Report of the Municipal Commissioner on the plague in Bombay for the year ending 31st May... - Volume 1
Disease focus: Plague
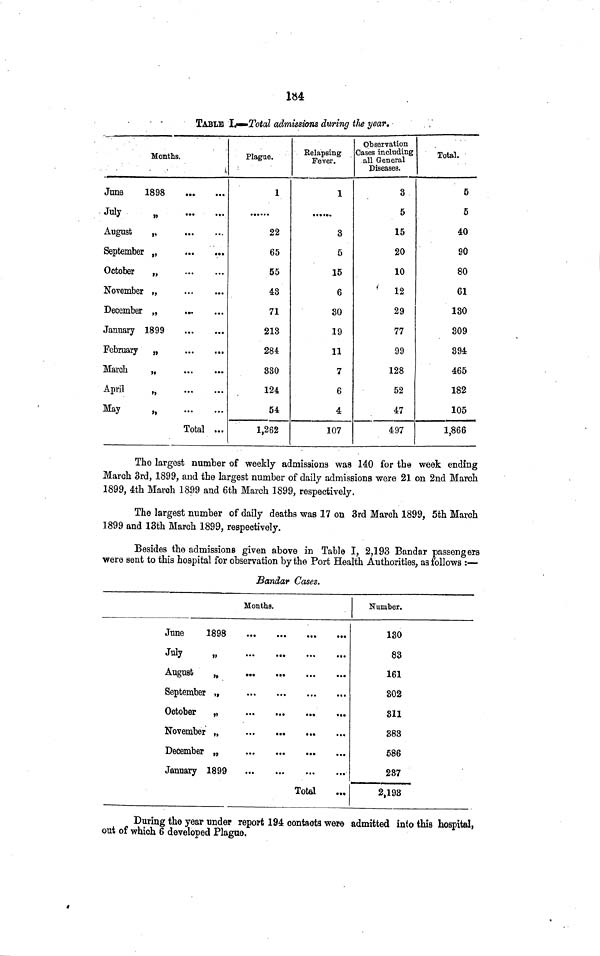
184
TABLE Ij—-Total admissions during tJie year.
—
Months.
June
1898
J^y
„
August
„
September „
October
„
November „
December „
January 1899
February „
March
„
April
„
May
„
Total ...
Plague.
1
• • •
22
65
55
48
71
213
284
330
124
54
1,262
Relapsing
Fever.
1
3
5
15
6
30
19
11
7
6
4
107
Observation
Cases including
all General
Diseases.
3
5
15
20
10
12
29
77
99
128
52
47
497
Total.
5
5
40
90
80
61
130
309
394
465
182
105
1,866
The largest number of weekly admissions was 140 for the week ending
March 3rd, 1899, and the largest number of daily admissions were 21 on 2nd March
1899, 4th March 1899 and 6th March 1899, respectively.
The largest number of daily deaths was 17 on 3rd March 1899, 5th March
1899 and 13th March 1899, respectively.
Besides the admissions given above in Table I, 2,193 Bandar passengers
were sent to this hospital for observation by the Port Health Authorities, as follows :—
Bandar Cases.
Months.
June
1898
Jniy
„
August
,
September „
January 1899
Total
Number.
130
83
161
302
811
383
586
237
2,193
During the year under report 194 contacts were admitted into this hospital,
out of which 6 developed Plague.